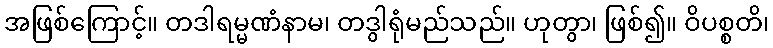
အဖြစ်ကြောင့်။ တဒါရမ္မဏံနာမ၊ တဒွါရုံမည်သည်။ ဟုတွာ၊ ဖြစ်၍။ ဝိပစ္စတိ၊